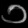
Digit: ၁